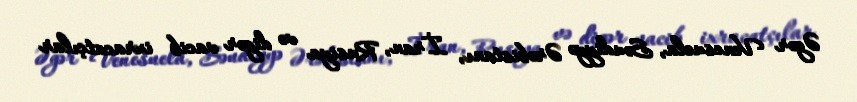
Əgər Venesuela, Səudiyyə Ərəbistanı, İran, Rusiya və digər vacib ixracatçılar